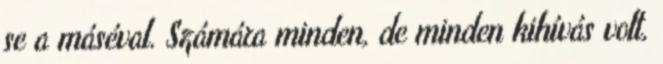
se a máséval. Számára minden, de minden kihívás volt,